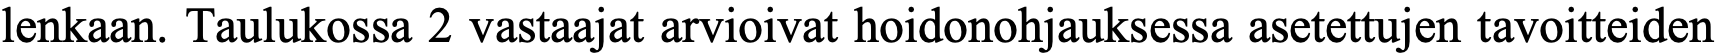
lenkaan. Taulukossa 2 vastaajat arvioivat hoidonohjauksessa asetettujen tavoitteiden